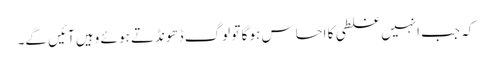
کہ جب انہیں غلطی کا احساس ہو گا تو لوگ ڈھونڈتے ہو ئے وہیں آئیں گے۔